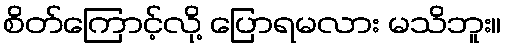
စိတ်ကြောင့်လို့ ပြောရမလား မသိဘူး။